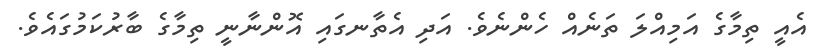
އެއީ ތިމާގެ އަމިއްލަ ތަނެއް ހެންނެވެ. އަދި އެތާނގައި އޮންނާނީ ތިމާގެ ބާރުކަމުގައެވެ.